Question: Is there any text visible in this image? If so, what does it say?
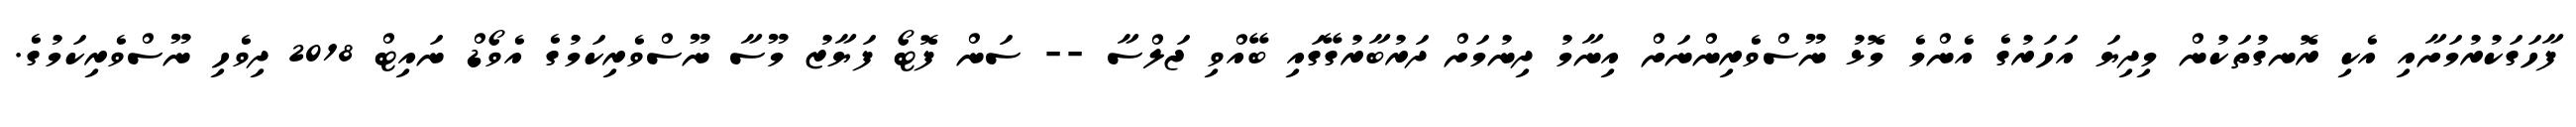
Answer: ފާހަގަކުރުމަށާއި އެކި ރޮނގުތަކުން މިދިޔަ އަހަރުގެ އެންމެ މޮޅު ނޫސްވެރިންނަށް އިނާމު ދިނުމަށް ދަރުބާރުގޭގައި ބޭއްވި ޖަލްސާ -- ސަން ފޮޓޯ ފަޔާޒު މޫސާ ނޫސްވެރިކަމުގެ އެވޯޑް ނައިޓް 2018 ދިވެހި ނޫސްވެރިކަމުގެ.